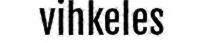
vihkeles